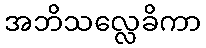
အဘိသလ္လေခိကာ